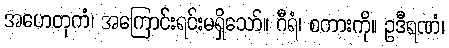
အဟေတုကံ၊ အကြောင်းရင်းမရှိသော်။ ဂီရံ၊ စကားကို။ ဥဒီရဏံ၊